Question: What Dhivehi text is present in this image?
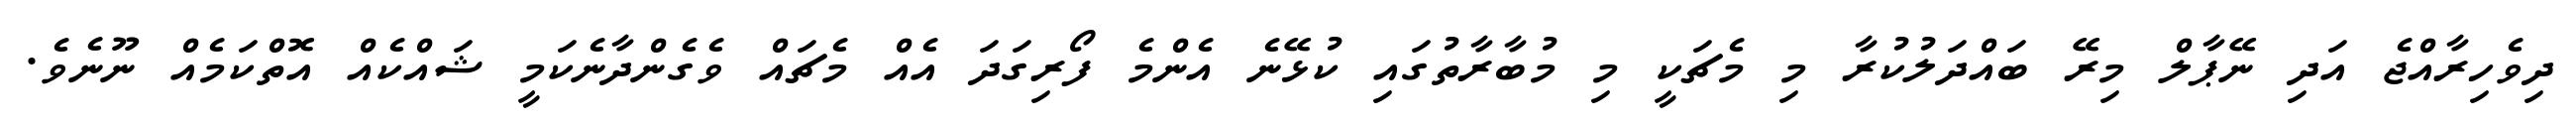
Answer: ދިވެހިރާއްޖެ އަދި ނޭޕާލް މިރޭ ބައްދަލުކުރާ މި މެޗަކީ މި މުބާރާތުގައި ކުޅޭނެ އެންމެ ފޯރިގަދަ އެއް މެޗައް ވެގެންދާނެކަމީ ޝައްކެއް އޮތްކަމެއް ނޫނެވެ.